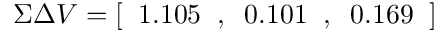
\Sigma \Delta V = [ \; \; 1 . 1 0 5 \; \; , \; \; 0 . 1 0 1 \; \; , \; \; 0 . 1 6 9 \; \; ]